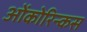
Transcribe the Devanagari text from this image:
ओंकोरिन्कस